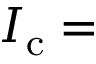
I _ { \mathrm { { c } } } = { }